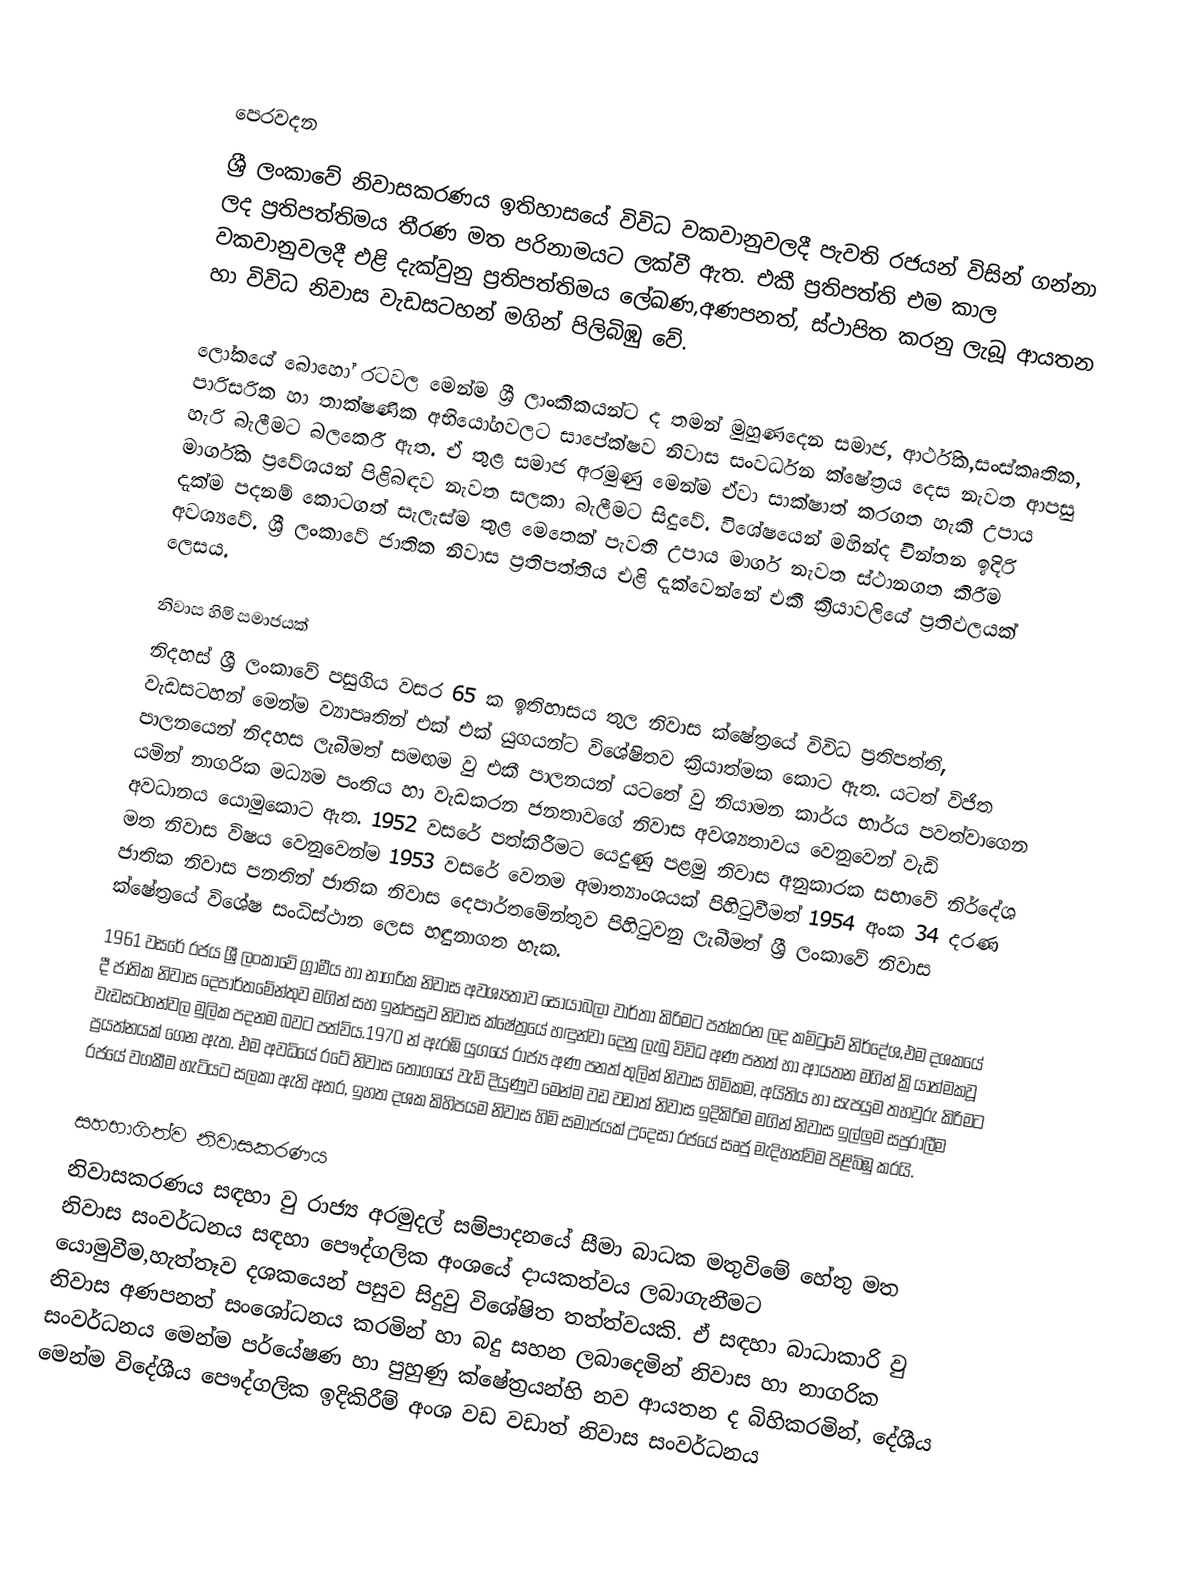

පෙරවදන
ශ්‍රී ලංකාවේ නිවාසකරණය ඉතිහාසයේ විවිධ වකවානුවලදී පැවති රජයන් විසින් ගන්නා ලද ප්‍රතිපත්තිමය තීරණ මත පරිනාමයට ලක්වී ඇත. එකී ප්‍රතිපත්ති එම කාල වකවානුවලදී එළි දැක්වුනු ප්‍රතිපත්තිමය ලේඛණ,අණපනත්, ස්ථාපිත කරනු ලැබූ ආයතන හා විවිධ නිවාස වැඩසටහන් මගින් පිලිබිඹු වේ.

ලෝකයේ බොහෝ රටවල මෙන්ම  ශ්‍රී ලාංකිකයන්ට ද තමන් මුහුණදෙන සමාජ, ආර්ථික,සංස්කෘතික, පාරිසරික හා තාක්ෂණික අභියෝගවලට සාපේක්ෂව නිවාස සංවර්ධන ක්ෂේත්‍රය දෙස නැවත ආපසු හැරි බැලීමට බලකෙරී ඇත. ඒ තුළ සමාජ අරමුණු මෙන්ම ඒවා සාක්ෂාත් කරගත හැකි උපාය මාර්ගික  ප්‍රවේශයන් පිළිබ‍ඳව නැවත සලකා බැලීමට සිදුවේ. විශේෂයෙන් මහින්ද චින්තන ඉදිරි දැක්ම පදනම් කොටගත් සැලැස්ම තුළ මෙතෙක් පැවති උපාය මාර්ග නැවත ස්ථානගත කිරීම අවශ්‍යවේ. ශ්‍රී ලංකාවේ ජාතික නිවාස ප්‍රතිපත්තිය එළි දැක්වෙන්නේ එකී  ක්‍රියාවලියේ ප්‍රතිඵලයක් ලෙසය.

නිවාස හිමි සමාජයක්
නිදහස් ශ්‍රී ලංකාවේ පසුගිය වසර 65 ක ඉතිහාසය තුල  නිවාස ක්ෂේත්‍රයේ විවිධ ප්‍රතිපත්ති, වැඩසටහන් මෙන්ම ව්‍යාපෘතින් එක් එක් යුගයන්ට විශේෂිතව ක්‍රියාත්මක කොට ඇත. යටත් විජිත පාලනයෙන් නිදහස ලැබීමත් සමඟම වු එකී පාලනයන් යටතේ වු නියාමන කාර්ය භාර්ය පවත්වාගෙන යමින් නාගරික මධ්‍යම පංතිය හා වැඩකරන ජනතාවගේ නිවාස අවශ්‍යතාවය වෙනුවෙන් වැඩි අවධානය යොමුකොට ඇත. 1952 වසරේ පත්කිරීමට යෙදුණු පළමු නිවාස අනුකාරක සභාවේ නිර්දේශ මත නිවාස විෂය වෙනුවෙන්ම 1953 වසරේ වෙනම අමාත්‍යාංශයක් පිහිටුවීමත් 1954 අංක 34 දරණ ජාතික නිවාස පනතින් ජාතික නිවාස දෙපාර්තමේන්තුව පිහිටුවනු ලැබීමත් ශ්‍රී ලංකාවේ නිවාස ක්ෂේත්‍රයේ විශේෂ සංධිස්ථාන ලෙස හඳුනාගත හැක.
1961 වසරේ රජය ශ්‍රී ලංකාවේ ග්‍රාමීය හා නාගරික නිවාස අවශ්‍යතාව සොයාබලා වාර්තා කිරිමට පත්කරන ලද කමිටුවේ නිර්දේශ,එම දශකයේ දී ජාතික නිවාස දෙපාර්තමේන්තුව මගින් සහ ඉන්පසුව නිවාස ක්ෂේත්‍රයේ හඳුන්වා දෙනු ලැබු විවිධ අණ පනත් හා ආයතන මගින් ක්‍රියාත්මකවූ වැඩසටහන්වල මුලික පදනම බවට පත්විය.1970 න් ඇරඹි යුගයේ රාජ්‍ය අණ පනත් තුලින් නිවාස හිමිකම, අයිතිය හා සැපයුම තහවුරු කිරිමට ප්‍රයත්නයක් ගෙන ඇත. එම අවධියේ  රටේ නිවාස තොගයේ වැඩි දියුණුව මෙන්ම වඩ වඩාත් නිවාස ඉදිකිරිම මගින් නිවාස ඉල්ලුම සපුරාලීම රජයේ වගකීම හැටියට සලකා ඇති අතර, ඉහත දශක කිහිපයම නිවාස හිමි සමාජයක් උදෙසා රජයේ සෘජු මැදිහත්විම පිළිබිඹු කරයි.

සහභාගිත්ව නිවාසකරණය
නිවාසකරණය සඳහා වු රාජ්‍ය අරමුදල් සම්පාදනයේ සීමා බාධක මතුවිමේ හේතු මත නිවාස සංවර්ධනය සඳහා පෞද්ගලික අංශයේ දායකත්වය ලබාගැනීමට යොමුවීම,හැත්තෑව දශකයෙන් පසුව  සිදුවු විශේෂිත තත්ත්වයකි. ඒ සඳහා බාධාකාරි වු නිවාස අණපනත් සංශෝධනය කරමින් හා බදු සහන ලබාදෙමින් නිවාස හා නාගරික සංවර්ධනය මෙන්ම පර්යේෂණ හා පුහුණු ක්ෂේත්‍රයන්හි නව ආයතන ද බිහිකරමින්, දේශීය මෙන්ම විදේශීය පෞද්ගලික ඉදිකිරීම් අංශ වඩ වඩාත් නිවාස සංවර්ධනය